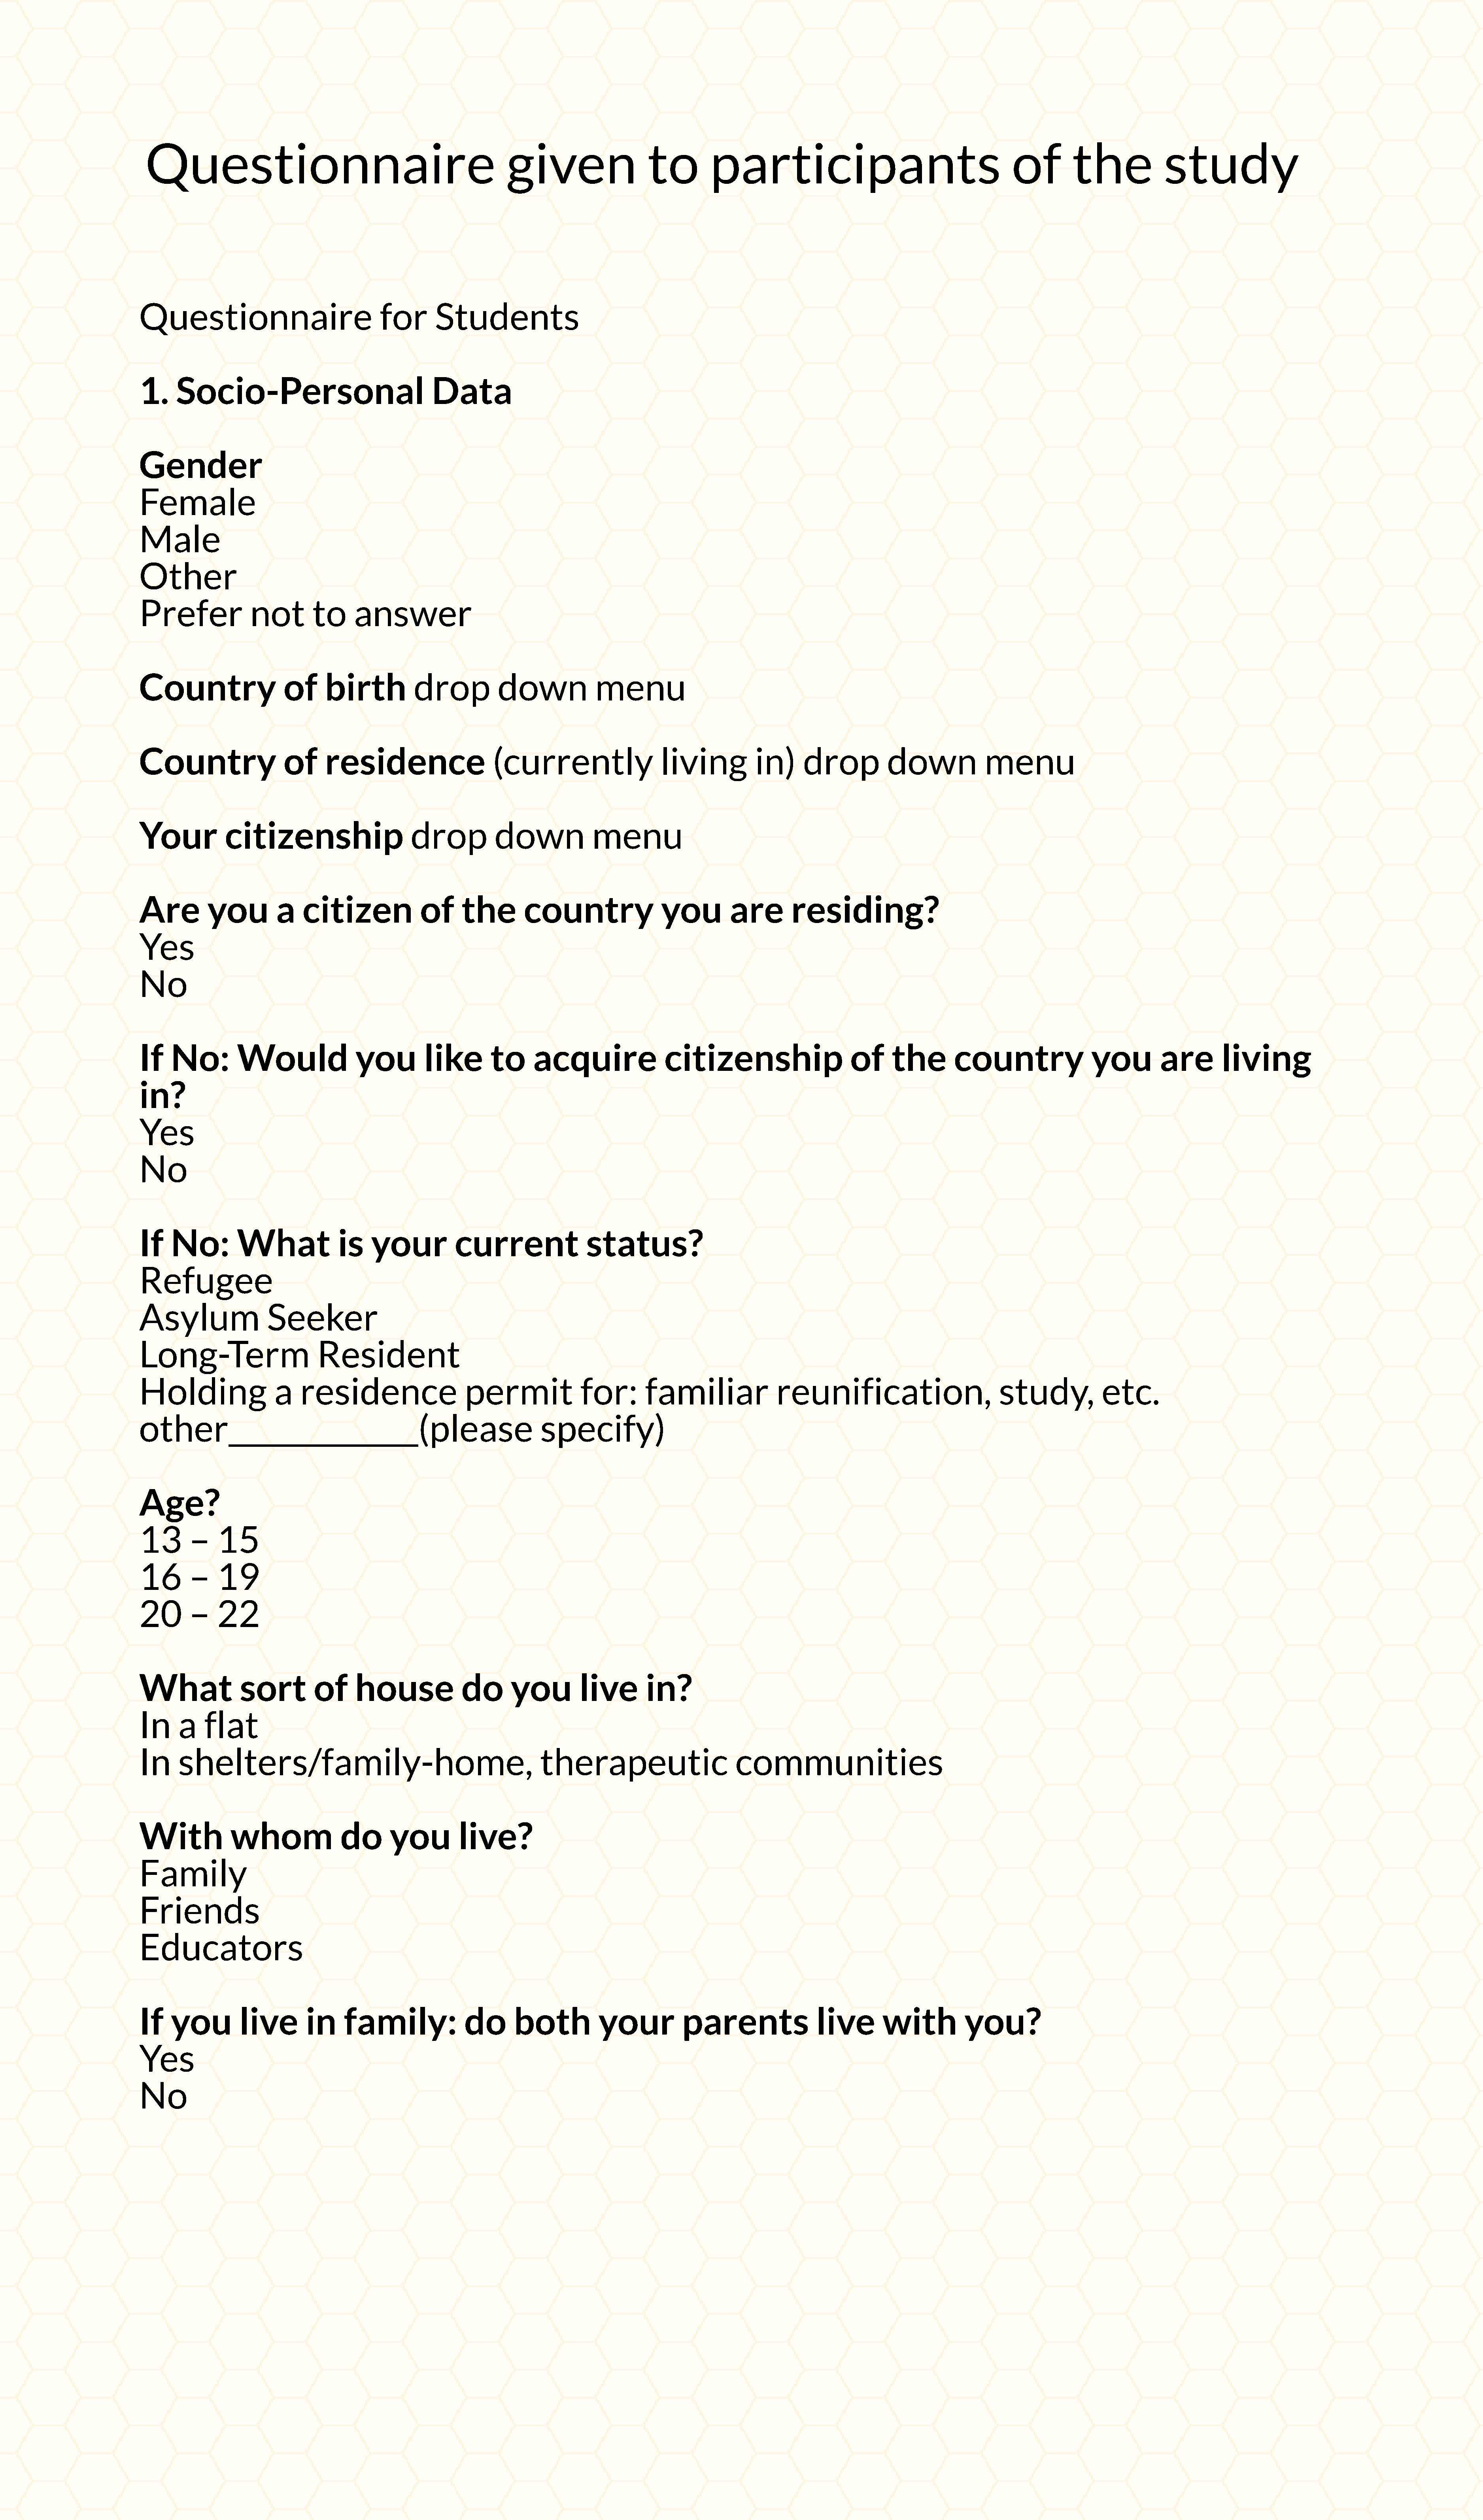
Questionnaire                                                given                  to         participants                                      of         the            study
 Questionnaire                            for      Students
 1.    Socio-Personal                             Data
 Gender
 Female
 Male
 Other
 Prefer             not       to     answer
 Country                 of     birth          drop          down             menu
 Country                 of     residence                   (currently                   living         in)     drop          down             menu
 Your           citizenship                    drop          down            menu
 Are         you        a    citizen            of     the        country                you        are       residing?
 Yes
 No
 If    No:        Would               you        like       to     acquire               citizenship                    of     the        country                you        are       living
 in?
 Yes
 No
 If    No:        What             is   your          current               status?
 Refugee
 Asylum                Seeker
 Long-Term                     Resident
 Holding                a   residence                   permit             for:       familiar              reunification,                       study,           etc.
 other_____________(please                                          specify)
 Age?
 13       –   15
 16       –   19
 20       –   22
 What             sort         of    house             do       you        live       in?
 In     a   flat
 In     shelters/family-home,                                       therapeutic                      communities
 With            whom              do      you         live?
 Family
 Friends
 Educators
 If    you        live       in     family:             do      both          your          parents                live       with         you?
 Yes
 No